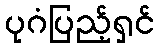
ပုဂံပြည့်ရှင်